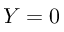
Y = 0